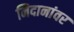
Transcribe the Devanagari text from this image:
निदानांवर